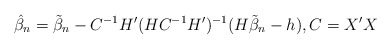
\begin{align*}\hat{\beta}_n = \tilde{\beta}_n -C^{-1}H'(HC^{-1}H')^{-1}(H\tilde{\beta}_n-h), C=X'X\end{align*}